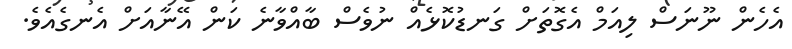
އެހެން ނޫނަސް ލިއަމް އެގޮތަށް ގަނޑުކޮޅެއް ނުވެސް ބާއްވާނެ ކަން އޭނާއަށް އެނގެއެވެ.